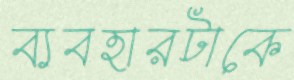
ব্যবহারটাকে